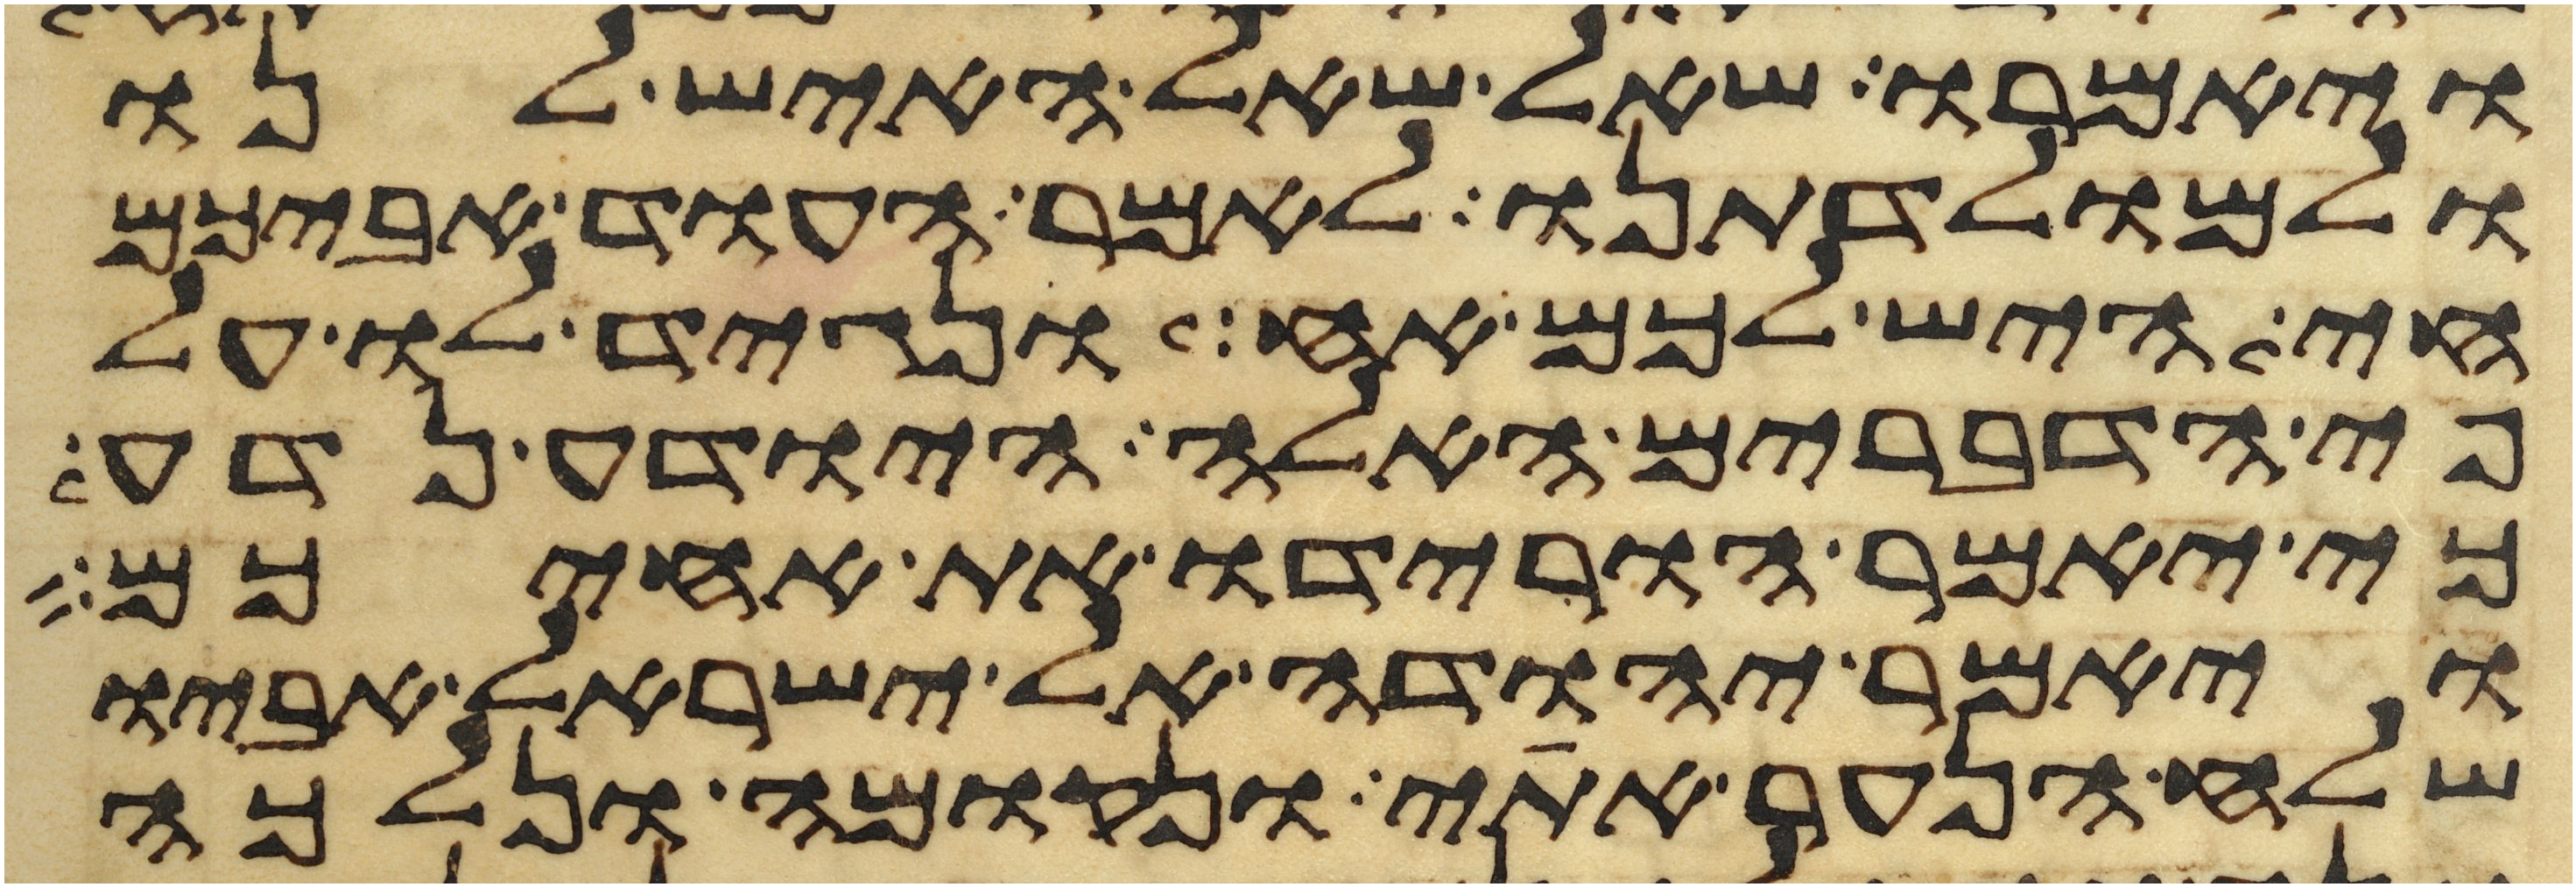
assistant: ויאמרו שאל שאל האיש לנו
ולמולדתנו לאמר העוד אביכם
חי היש לכם אח ונגיד לו על
פי הדברים האלה היודע נדע
כי יאמר הורידו את אחיכם
ויאמר יהודה אל ישראל אביו
שלח הנער אתי ונקומה ונלכה